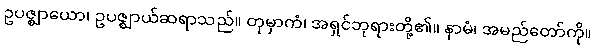
ဥပဇ္ဈာယော၊ ဥပဇ္ဈာယ်ဆရာသည်။ တုမှာကံ၊ အရှင်ဘုရားတို့၏။ နာမံ၊ အမည်တော်ကို။